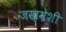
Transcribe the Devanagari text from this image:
जखमेशी